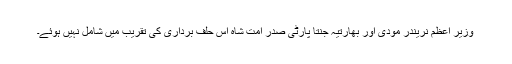
وزیر اعظم نریندر مودی اور بھارتیہ جنتا پارٹی صدر امت شاہ اس حلف برداری کی تقریب میں شامل نہیں ہوئے۔